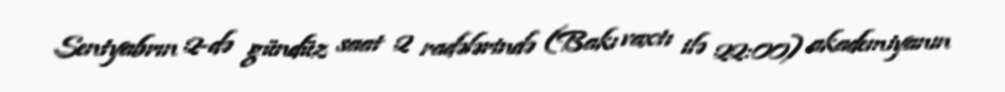
Sentyabrın 2-də gündüz saat 2 radələrində (Bakı vaxtı ilə 22:00) akademiyanın